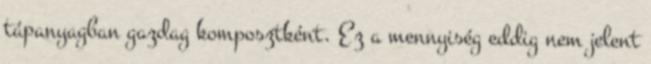
tápanyagban gazdag komposztként. Ez a mennyiség eddig nem jelent